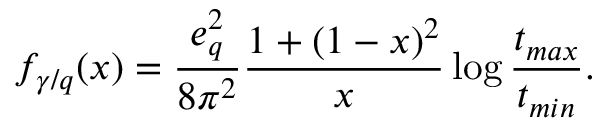
f _ { \gamma / q } ( x ) = \frac { e _ { q } ^ { 2 } } { 8 \pi ^ { 2 } } \frac { 1 + ( 1 - x ) ^ { 2 } } { x } \log \frac { t _ { m a x } } { t _ { m i n } } .